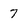
Character: 7